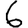
Digit: 6